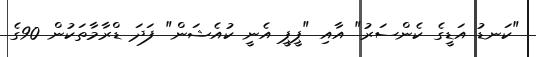
"ކަނޑު އަޑީގެ ކެންސަރު" އާއި "ޕީޕީ އެނީ ކުއެޝަން" ފަދަ ޑްރާމާތަކުން 90ގެ